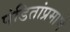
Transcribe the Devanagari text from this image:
पंडितांप्रमाणे